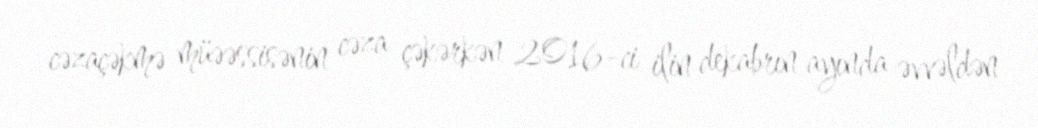
cəzaçəkmə müəəssisənin cəza çəkərkən 2016-ci ilin dekabrın ayında əvvəldən